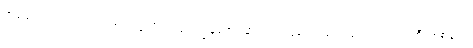
အမေက ညင်ညင်သာသာပဲ ယူလိုက်ရင်း ကျွန်တော် နားရည်ဝနေကျ သက်ပြင်းရှည်ရှည်ကြီးတစ်ချက်